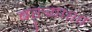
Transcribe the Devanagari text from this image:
बऱ्र्‍याशा